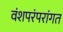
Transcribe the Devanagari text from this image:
वंशपरंपरांगत